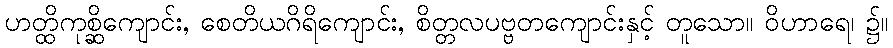
ဟတ္ထိကုစ္ဆိကျောင်း, စေတိယဂိရိကျောင်း, စိတ္တလပဗ္ဗတကျောင်းနှင့် တူသော။ ဝိဟာရေ၊ ၌။